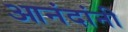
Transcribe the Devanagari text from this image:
आनंदांनी